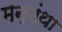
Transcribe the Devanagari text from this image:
मन्मंथा